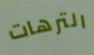
الترهات